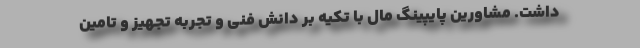
داشت. مشاورین پایپینگ مال با تکیه بر دانش فنی و تجربه تجهیز و تامین